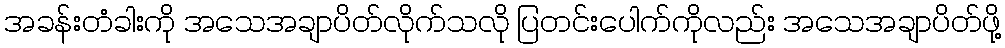
အခန်းတံခါးကို အသေအချာပိတ်လိုက်သလို ပြတင်းပေါက်ကိုလည်း အသေအချာပိတ်ဖို့